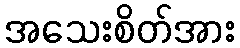
အသေးစိတ်အား